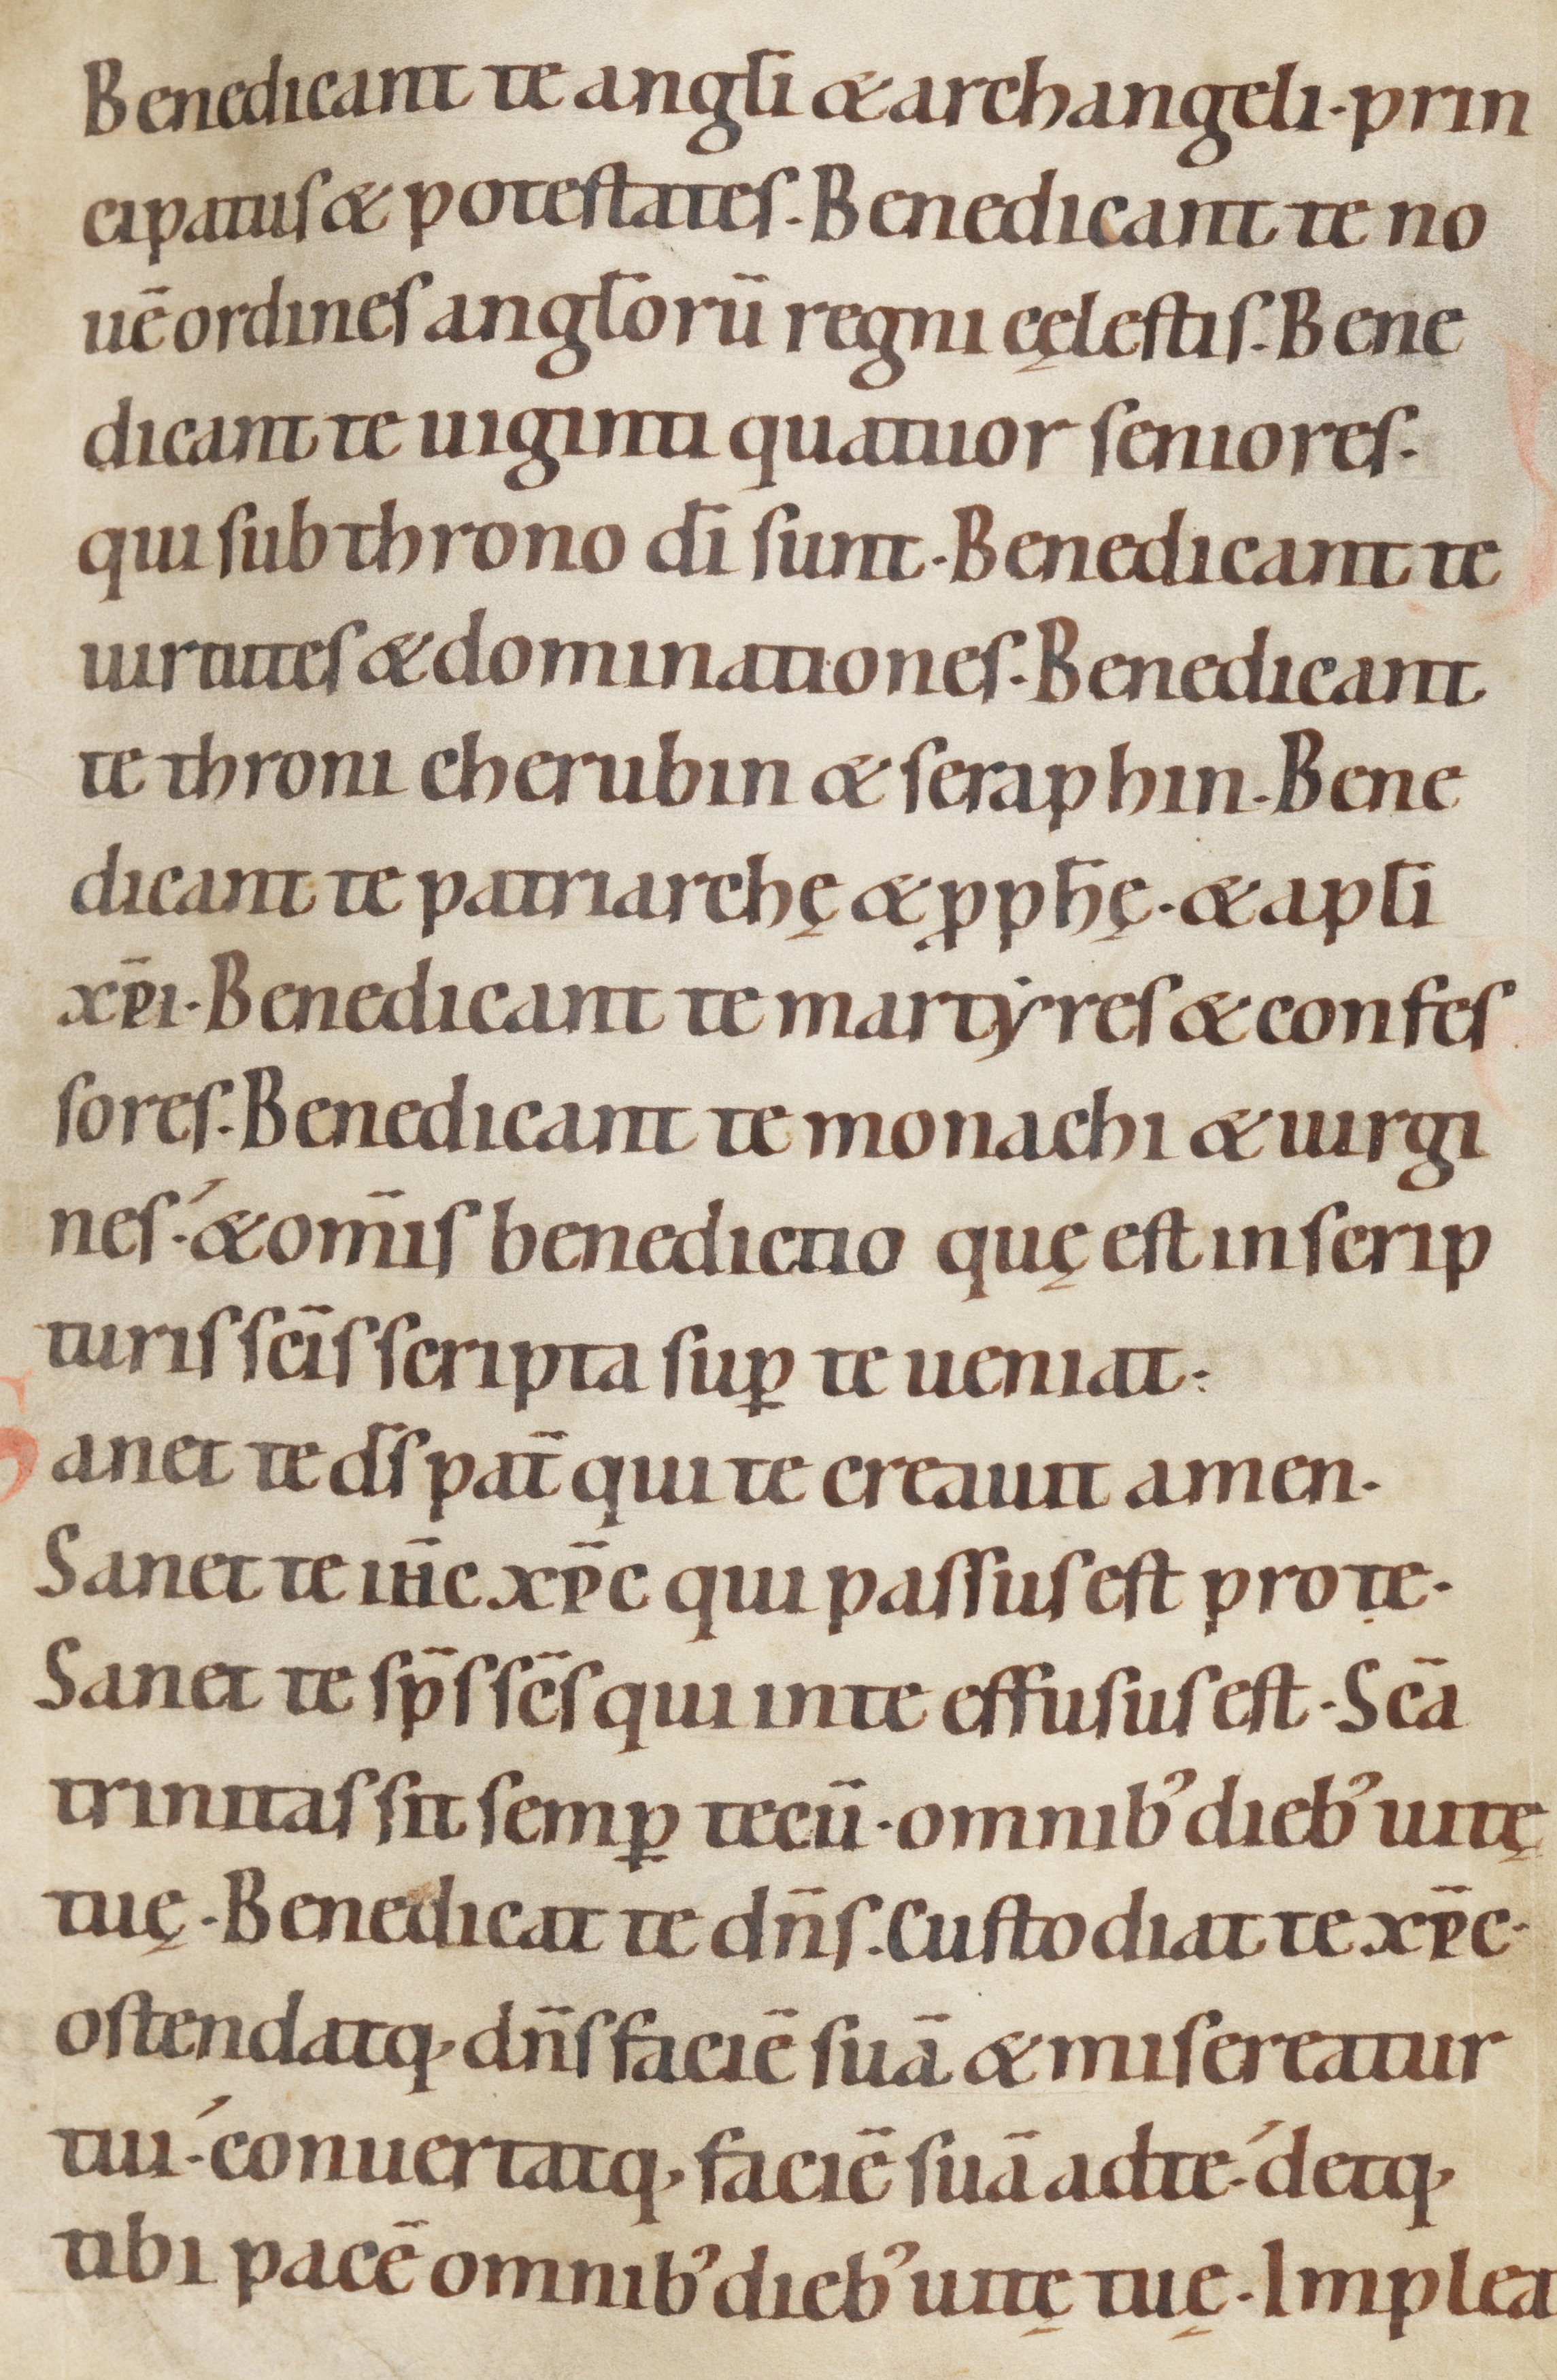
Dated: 1100–1199